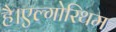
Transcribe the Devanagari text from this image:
है।एल्गोरिथम